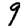
Digit: 9